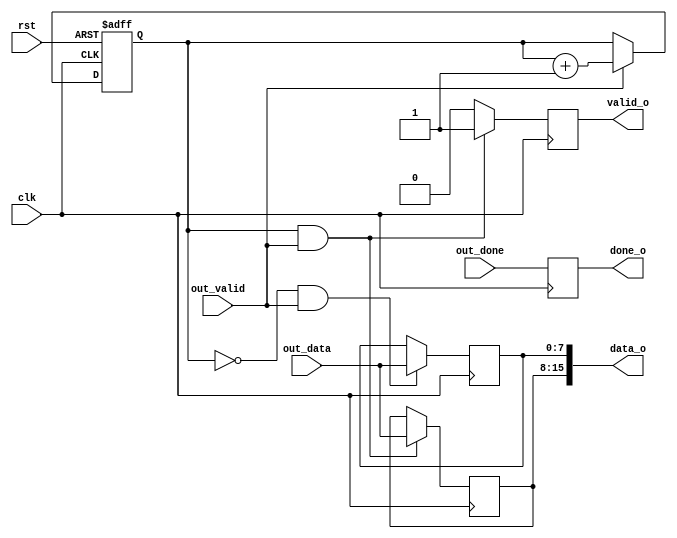
module decode_out (/*AUTOARG*/
   // Outputs
   data_o, valid_o, done_o,
   // Inputs
   clk, rst, out_valid, out_done, out_data
   );
   input clk,
	 rst;

   input out_valid, out_done;
   input [7:0] out_data;

   output [15:0] data_o;
   output 	 valid_o, done_o;

   /*AUTOREG*/
   // Beginning of automatic regs (for this module's undeclared outputs)
   reg [15:0]		data_o;
   reg			done_o;
   reg			valid_o;
   // End of automatics

   reg  		cnt;
   always @(posedge clk or posedge rst)
     begin
	if (rst)
	  cnt <= #1 1'b0;
	else if (out_valid)
	  cnt <= #1 cnt + 1'b1;
     end

   always @(posedge clk)
     begin
	if (~cnt && out_valid)
	  data_o[7:0] <= #1 out_data;
     end

   always @(posedge clk)
     begin
	if (cnt && out_valid)
	  data_o[15:8] <= #1 out_data;
     end

   always @(posedge clk)
     begin
	if ((&cnt) && out_valid)
	  valid_o <= #1 1'b1;
	else
	  valid_o <= #1 1'b0;
     end
   
   always @(posedge clk)
	done_o <=  #1 out_done;
   
endmodule